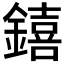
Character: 𨭎